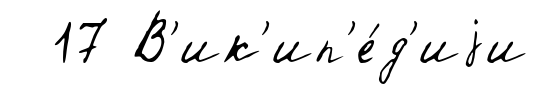
17 В'ик'ип'е́д'иjи